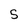
Character: 5